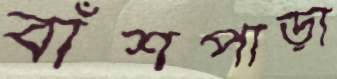
বাঁশপাড়া